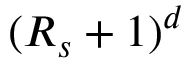
( R _ { s } + 1 ) ^ { d }